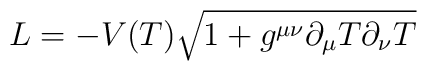
L=-V(T)\sqrt{1+g^{\mu\nu}\partial_\mu T\partial_\nu T}